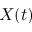
X ( t )